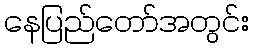
နေပြည်တော်အတွင်း